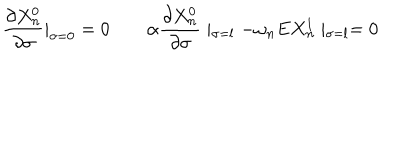
\frac { \partial X _ { n } ^ { 0 } } { \partial \sigma } | _ { \sigma = 0 } = 0 \quad \quad \alpha \frac { \partial X _ { n } ^ { 0 } } { \partial \sigma } \mid _ { \sigma = l } - \omega _ { n } E X _ { n } ^ { 1 } \mid _ { \sigma = l } = 0